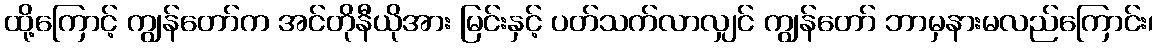
ထို့ကြောင့် ကျွန်တော်က အင်တိုနီယိုအား မြင်းနှင့် ပတ်သက်လာလျှင် ကျွန်တော် ဘာမှနားမလည်ကြောင်း၊